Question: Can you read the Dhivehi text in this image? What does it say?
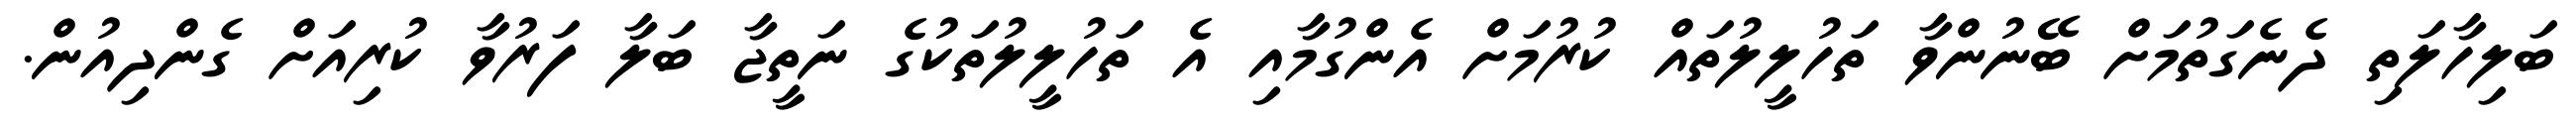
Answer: ބަލިހާލަތި ދެނެގަތުމަށް ބޭނުންވާ ތަހުލީލުތައް ކުރުމަށް އެންގުމާއި އެ ތަހުލީލުތަކުގެ ނަތީޖާ ބަލާ ފަރުވާ ކުރިއަށް ގެންދިއުން.